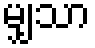
မျှသာ